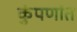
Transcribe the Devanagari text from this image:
कुंपणांत